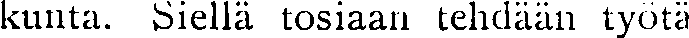
kunta. Siellä tosiaan tehdään työtä